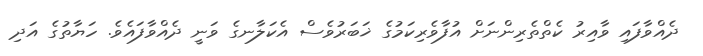
ދެއްވާފައި ވާއިރު ކެތްތެރިންނަށް އުފާވެރިކަމުގެ ޚަބަރުވެސް އެކަލާނގެ ވަނީ ދެއްވާފައެވެ. ހަޔާތުގެ އަދި